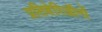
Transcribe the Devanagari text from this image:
प्रतिबेरिऑनों